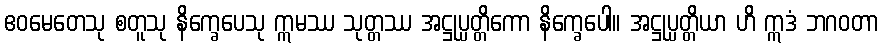
ဧဝမေတေသု စတူသု နိက္ခေပေသု ဣမဿ သုတ္တဿ အဋ္ဌုပ္ပတ္တိကော နိက္ခေပေါ။ အဋ္ဌုပ္ပတ္တိယာ ဟိ ဣဒံ ဘဂဝတာ